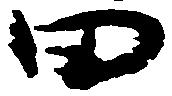
田